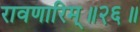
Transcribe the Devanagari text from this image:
रावणारिम्‌॥२६॥